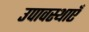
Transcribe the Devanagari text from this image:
उपावस्थाएँ